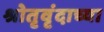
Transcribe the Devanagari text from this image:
श्रोतृवृंदाच्या